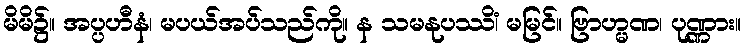
မိမိ၌။ အပ္ပဟီနံ၊ မပယ်အပ်သည်ကို။ န သမနုပဿိံ၊ မမြင်။ ဗြာဟ္မဏ၊ ပုဏ္ဏား။